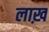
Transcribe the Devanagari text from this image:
लाख़